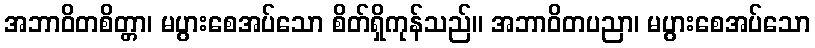
အဘာဝိတစိတ္တာ၊ မပွားစေအပ်သော စိတ်ရှိကုန်သည်။ အဘာဝိတပညာ၊ မပွားစေအပ်သော